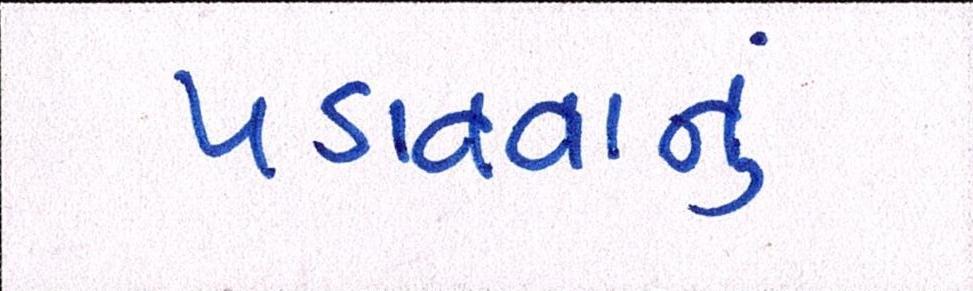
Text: પડાવવાનું